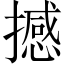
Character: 撼